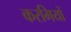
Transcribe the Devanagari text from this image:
करमियों